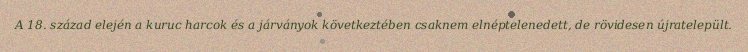
A 18. század elején a kuruc harcok és a járványok következtében csaknem elnéptelenedett, de rövidesen újratelepült.